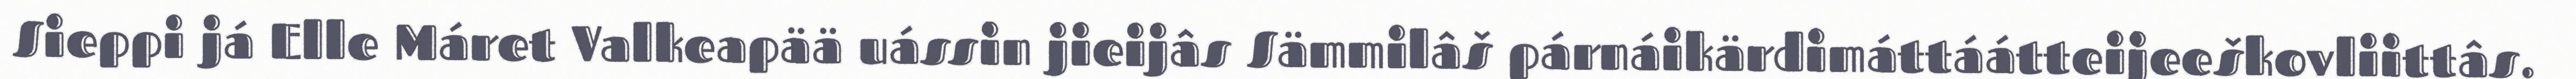
Sieppi já Elle Máret Valkeapää uássin jieijâs Sämmilâš párnáikärdimáttáátteijeeškovliittâs.